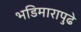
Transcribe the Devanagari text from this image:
भडिमारापुढे